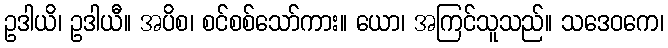
ဥဒါယိ၊ ဥဒါယီ။ အပိစ၊ စင်စစ်သော်ကား။ ယော၊ အကြင်သူသည်။ သဒေဝကေ၊